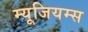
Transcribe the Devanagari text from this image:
म्यूजियम्स